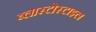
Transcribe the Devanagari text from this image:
ब्लास्टोस्टाइल